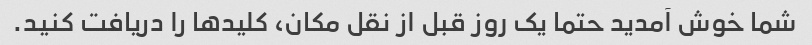
شما خوش آمدید حتما یک روز قبل از نقل مکان، کلیدها را دریافت کنید.